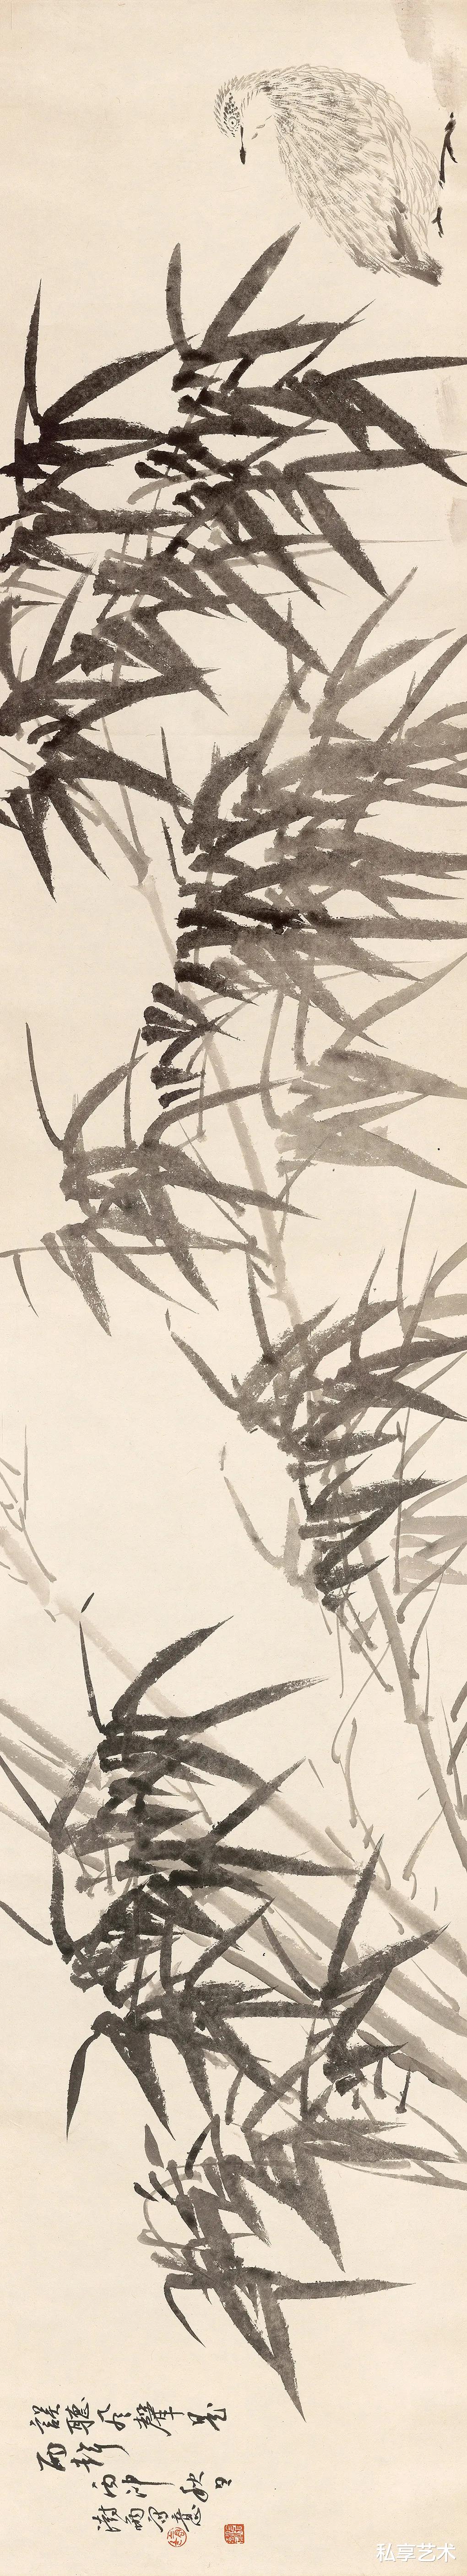
豆雨声来，中间夹带风声。